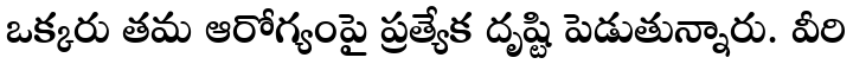
ఒక్కరు తమ ఆరోగ్యంపై ప్రత్యేక దృష్టి పెడుతున్నారు. వీరి